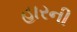
હારની